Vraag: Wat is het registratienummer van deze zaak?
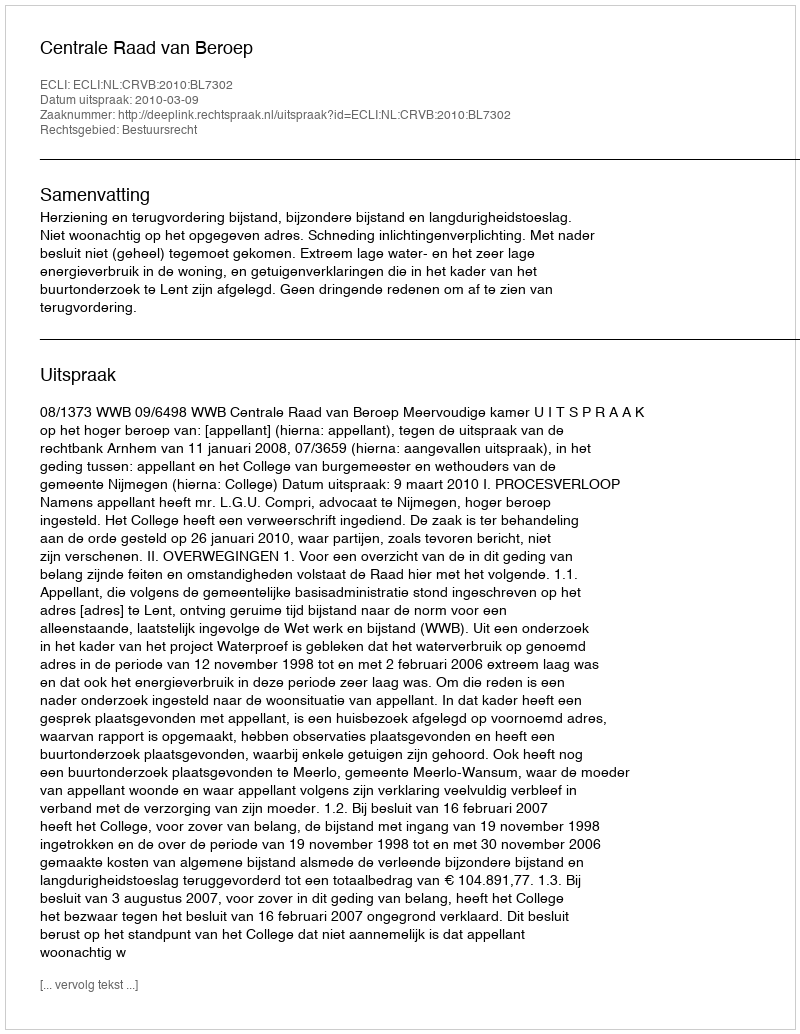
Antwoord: http://deeplink.rechtspraak.nl/uitspraak?id=ECLI:NL:CRVB:2010:BL7302